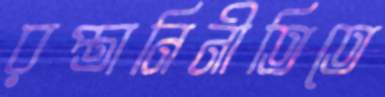
রপ্তানিনীতিতে